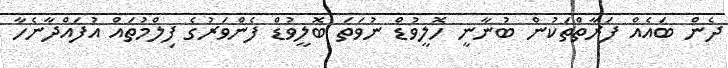
ދެން ބައެއް ފަރާތްތަކުން ބުނާނީ ހޮލީވުޑް ނުވަތަ ބޮލީވުޑް ފެންވަރުގެ ފިލްމުތައް އުފައްދާނެހާ